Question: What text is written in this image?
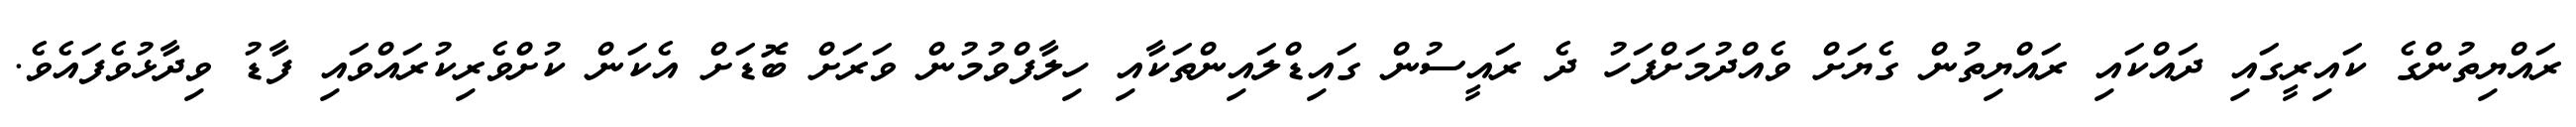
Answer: ރައްޔިތުންގެ ކައިރީގައި ދައްކައި ރައްޔިތުން ގެޔަށް ވެއްދުމަށްފަހު ދެ ރައީސުން ގައިޑްލައިންތަކާއި ހިލާފްވުމުން ވަރަށް ބޮޑަށް އެކަން ކުށްވެރިކުރައްވައި ފާޑު ވިދާޅުވެފައެވެ.